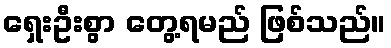
ရှေးဦးစွာ တွေ့ရမည် ဖြစ်သည်။